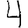
Digit: 4